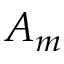
A _ { m }